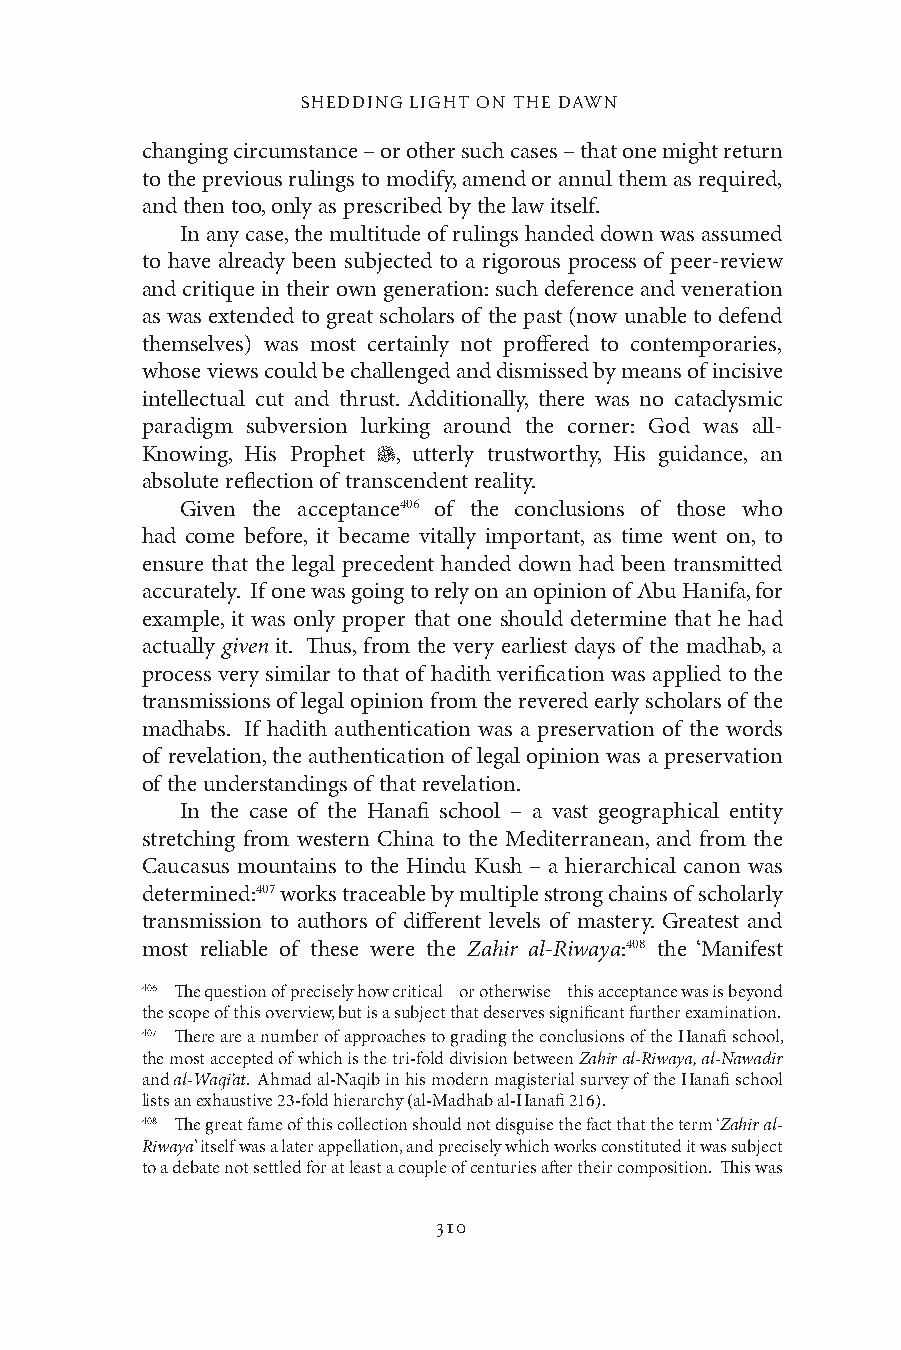
SHEDDING LIGHT ON THE DAWN
 changing circumstance – or other such cases – that one might return
 to the previous rulings to modify, amend or annul them as required,
 and then too, only as prescribed by the law itself.
 In any case, the multitude of rulings handed down was assumed
 to have already been subjected to a rigorous process of peer-review
 and critique in their own generation: such deference and veneration
 as was extended to great scholars of the past (now unable to defend
 themselves) was most certainly not proffered to contemporaries,
 whose views could be challenged and dismissed by means of incisive
 intellectual cut and thrust. Additionally, there was no cataclysmic
 paradigm subversion lurking around the corner: God was all-
 Knowing, His Prophet , utterly trustworthy, His guidance, an
 absolute reflection of transcendent reality.
 Given the acceptance406 of the conclusions of those who
 had come before, it became vitally important, as time went on, to
 ensure that the legal precedent handed down had been transmitted
 accurately. If one was going to rely on an opinion of Abu Hanifa, for
 example, it was only proper that one should determine that he had
 actually given it. Thus, from the very earliest days of the madhab, a
 process very similar to that of hadith verification was applied to the
 transmissions of legal opinion from the revered early scholars of the
 madhabs. If hadith authentication was a preservation of the words
 of revelation, the authentication of legal opinion was a preservation
 of the understandings of that revelation.
 In the case of the Hanafi school – a vast geographical entity
 stretching from western China to the Mediterranean, and from the
 Caucasus mountains to the Hindu Kush – a hierarchical canon was
 determined:407 works traceable by multiple strong chains of scholarly
 transmission to authors of different levels of mastery. Greatest and
 most reliable of these were the Zahir al-Riwaya:408 the ‘Manifest
 406 The question of precisely how critical – or otherwise – this acceptance was is beyond
 the scope of this overview, but is a subject that deserves significant further examination.
 407 There are a number of approaches to grading the conclusions of the Hanafi school,
 the most accepted of which is the tri-fold division between Zahir al-Riwaya, al-Nawadir
 and al-Waqi’at. Ahmad al-Naqib in his modern magisterial survey of the Hanafi school
 lists an exhaustive 23-fold hierarchy (al-Madhab al-Hanafi 216).
 408 The great fame of this collection should not disguise the fact that the term ‘Zahir al-
 Riwaya’ itself was a later appellation, and precisely which works constituted it was subject
 to a debate not settled for at least a couple of centuries after their composition. This was
 310